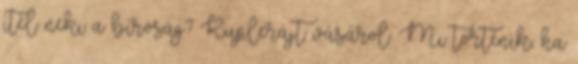
ítél neki a bíróság? Kuplerájt vásárol. Mi történik, ha